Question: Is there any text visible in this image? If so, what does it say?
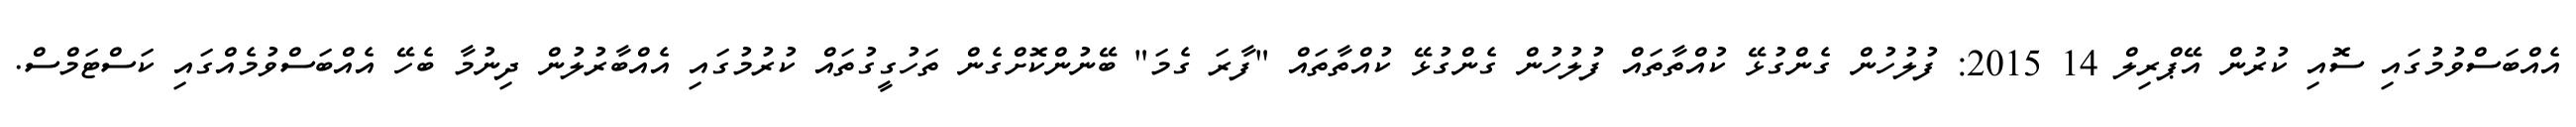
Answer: އެއްބަސްވުމުގައި ސޮއި ކުރުން އޭޕްރިލް 14 2015: ފުލުހުން ގެންގުޅޭ ކުއްތާތައް ފުލުހުން ގެންގުޅޭ ކުއްތާތައް "ފާރަ ގެމަ" ބޭނުންކޮށްގެން ތަހުގީގުތައް ކުރުމުގައި އެއްބާރުލުން ދިނުމާ ބެހޭ އެއްބަސްވުމެއްގައި ކަސްޓަމްސް.